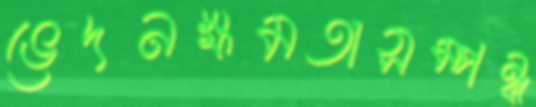
ভেদনক্ষমতাসম্পন্ন